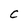
Character: C